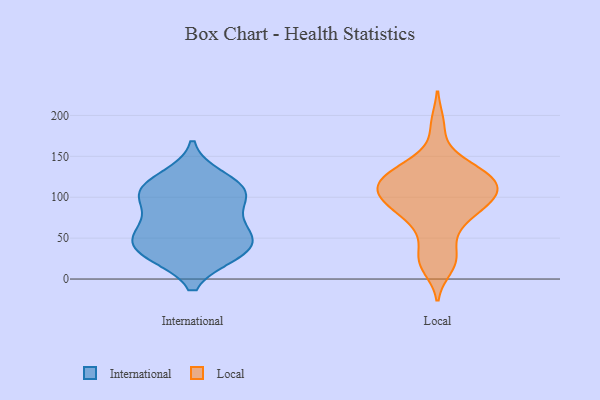
{"axis": {"x": "Satisfaction Score", "y": "Value"}, "legend": ["International", "Local"], "data": [{"x": "", "y": 104, "type": "International"}, {"x": "", "y": 124, "type": "International"}, {"x": "", "y": 109, "type": "International"}, {"x": "", "y": 60, "type": "International"}, {"x": "", "y": 103, "type": "International"}, {"x": "", "y": 58, "type": "International"}, {"x": "", "y": 105, "type": "International"}, {"x": "", "y": 39, "type": "International"}, {"x": "", "y": 35, "type": "International"}, {"x": "", "y": 31, "type": "International"}, {"x": "", "y": 33, "type": "International"}, {"x": "", "y": 69, "type": "International"}, {"x": "", "y": 126, "type": "Local"}, {"x": "", "y": 69, "type": "Local"}, {"x": "", "y": 98, "type": "Local"}, {"x": "", "y": 14, "type": "Local"}, {"x": "", "y": 103, "type": "Local"}, {"x": "", "y": 101, "type": "Local"}, {"x": "", "y": 26, "type": "Local"}, {"x": "", "y": 86, "type": "Local"}, {"x": "", "y": 143, "type": "Local"}, {"x": "", "y": 189, "type": "Local"}, {"x": "", "y": 123, "type": "Local"}, {"x": "", "y": 86, "type": "Local"}, {"x": "", "y": 117, "type": "Local"}, {"x": "", "y": 26, "type": "Local"}, {"x": "", "y": 58, "type": "Local"}, {"x": "", "y": 140, "type": "Local"}, {"x": "", "y": 112, "type": "Local"}, {"x": "", "y": 125, "type": "Local"}, {"x": "", "y": 93, "type": "Local"}, {"x": "", "y": 118, "type": "Local"}]}